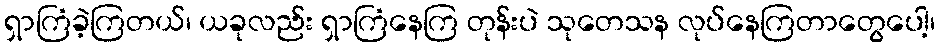
ရှာကြံခဲ့ကြတယ်၊ ယခုလည်း ရှာကြံနေကြ တုန်းပဲ သုတေသန လုပ်နေကြတာတွေပေါ့၊